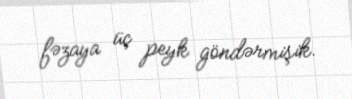
fəzaya üç peyk göndərmişik.